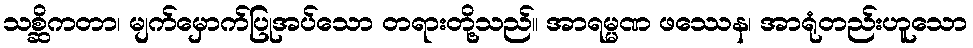
သစ္ဆိကတာ၊ မျက်မှောက်ပြုအပ်သော တရားတို့သည်။ အာရမ္မဏ ဖဿေန၊ အာရုံတည်းဟူသော